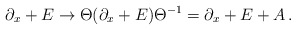
\begin{align*}\partial_x + E \to \Theta ( \partial_x + E )\Theta^{-1} = \partial_x + E +A \, .\end{align*}